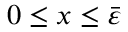
0 \leq x \leq \bar { \varepsilon }